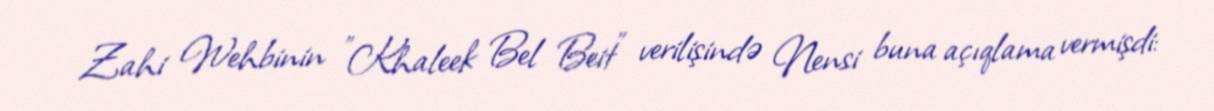
Zahi Wehbinin "Khaleek Bel Beit" verilişində Nensi buna açıqlama vermişdi: